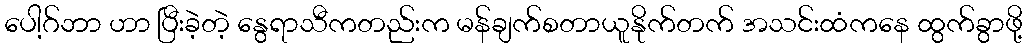
ပေါ့ဂ်ဘာ ဟာ ပြီးခဲ့တဲ့ နွေရာသီကတည်းက မန်ချက်စတာယူနိုက်တက် အသင်းထံကနေ ထွက်ခွာဖို့